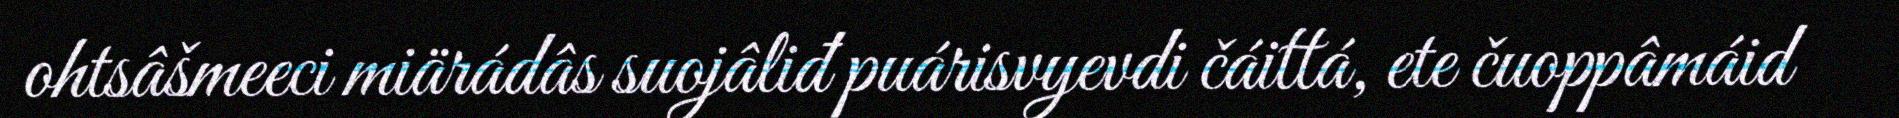
ohtsâšmeeci miärádâs suojâliđ puárisvyevdi čáittá, ete čuoppâmáid